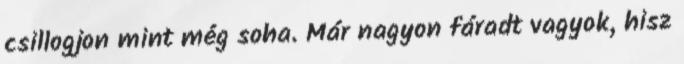
csillogjon mint még soha. Már nagyon fáradt vagyok, hisz